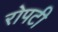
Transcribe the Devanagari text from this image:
रोपटी